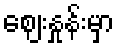
ဈေးနှုန်းမှာ